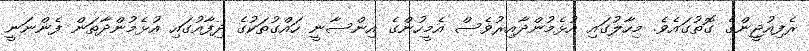
ރެފިއުޖީންގެ ގޮތުގައެވެ. މިހާލުގައި އުޅެމުންދާއިރުވެސް އެމީހުންގެ އިންސާނީ ހައްގުތަކުގެ ދިފާއުގައި އުޅެމުންދާތަން ފެންނަނީ